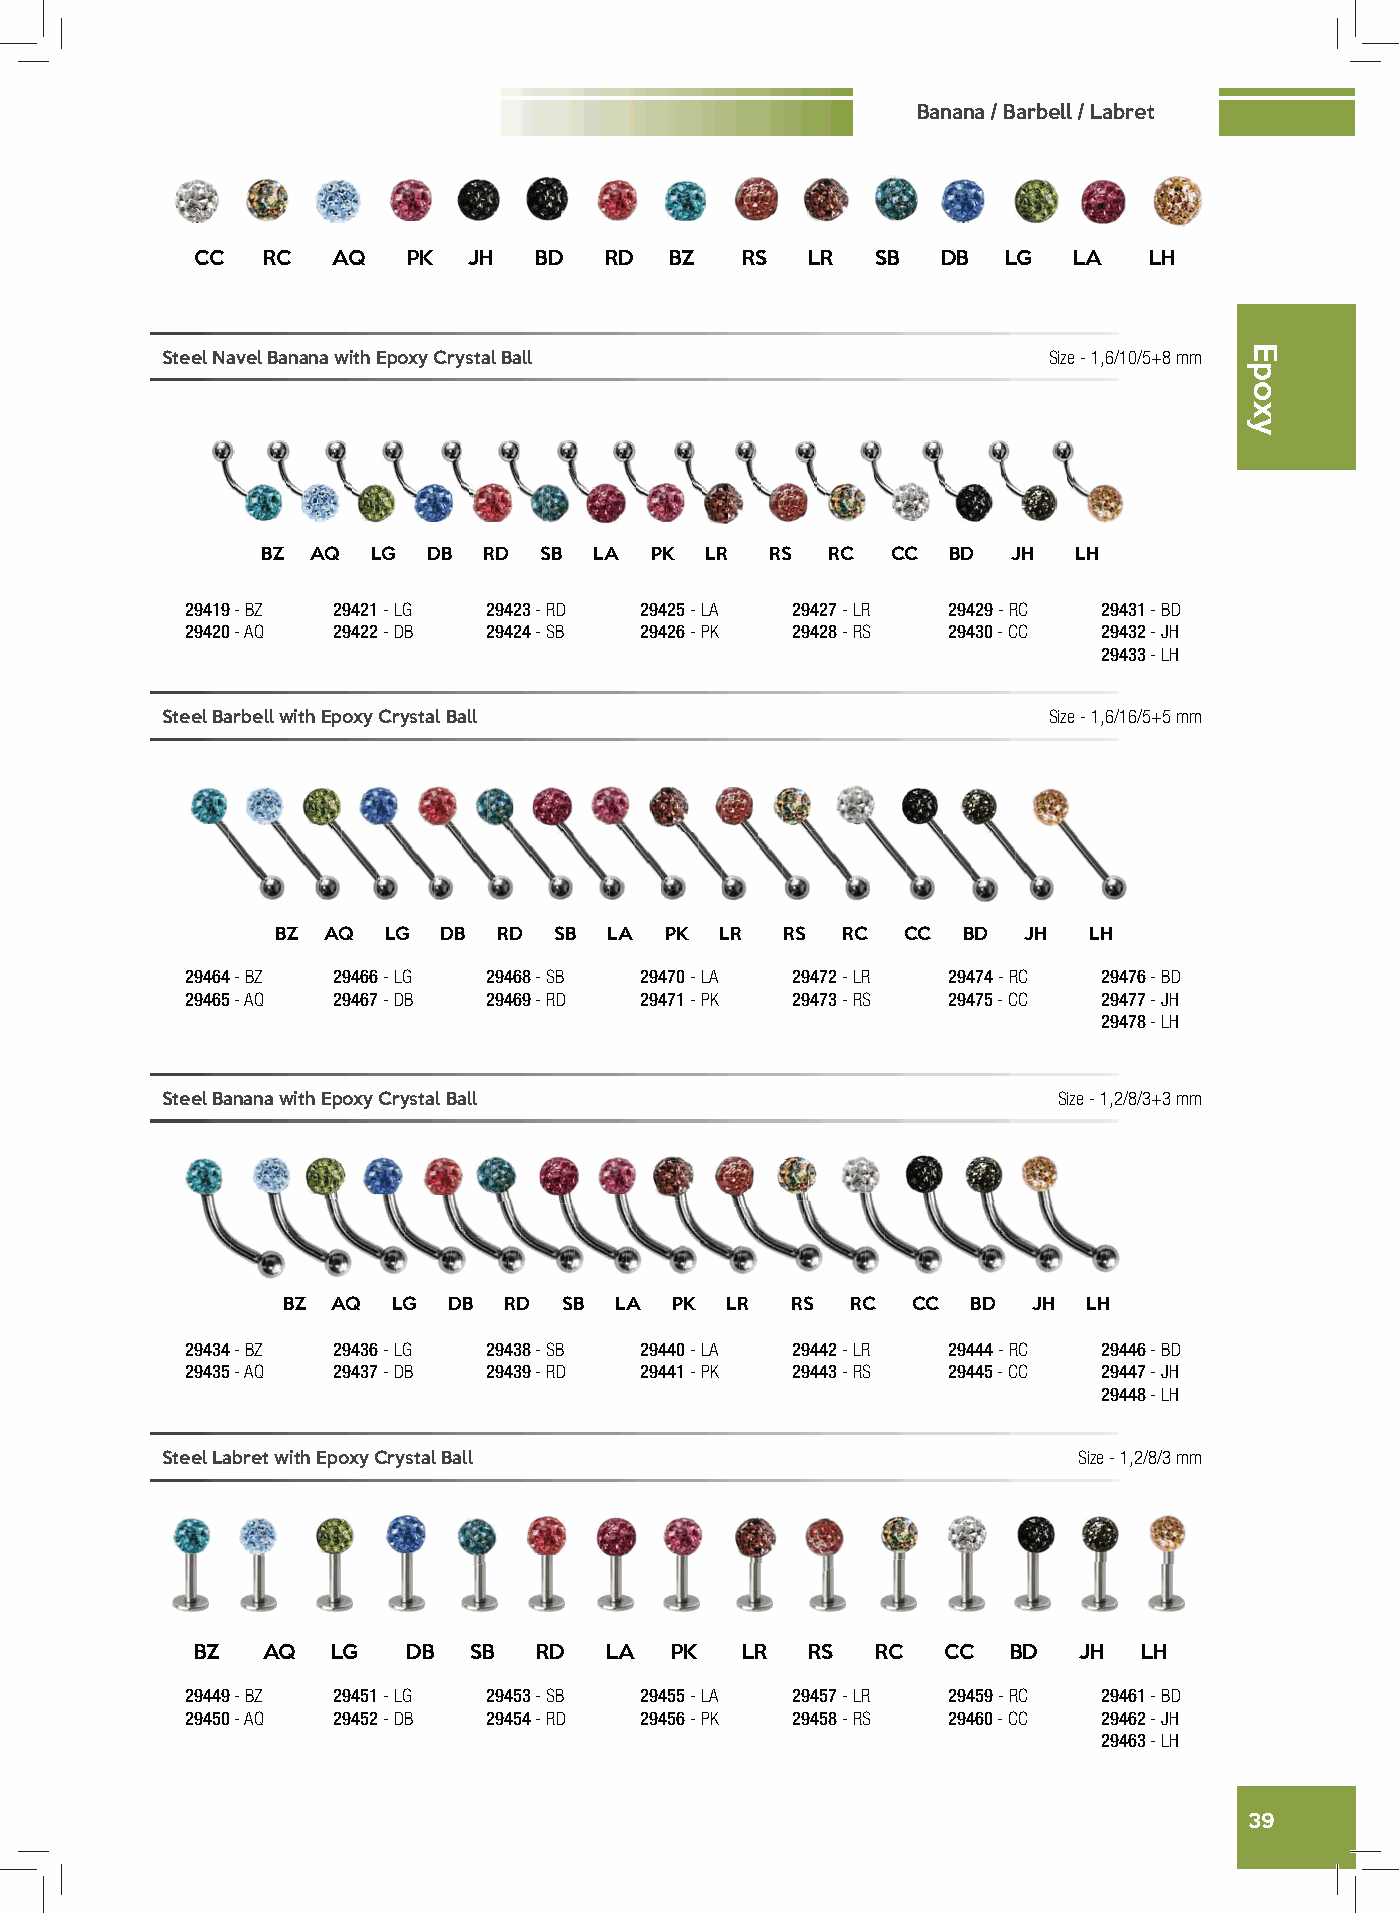
Banana / Barbell / Labret
 CC  RC   AQ   PK  JH  BD   RD  BZ   RS   LR  SB  DB   LG  LA   LH
 Steel Navel Banana with Epoxy Crystal Ball                Size - 1,6/10/5+8 mm
 BZ  AQ  LG DB  RD  SB LA  PK  LR  RS  RC  CC  BD  JH  LH
 29419 - BZ 29421 - LG 29423 - RD 29425 - LA 29427 - LR 29429 - RC 29431 - BD
 29420 - AQ 29422 - DB 29424 - SB 29426 - PK 29428 - RS 29430 - CC 29432 - JH
 29433 - LH
 Steel Barbell with Epoxy Crystal Ball                     Size - 1,6/16/5+5 mm
 BZ AQ  LG  DB  RD  SB LA  PK  LR  RS  RC  CC  BD  JH  LH
 29464 - BZ 29466 - LG 29468 - SB 29470 - LA 29472 - LR 29474 - RC 29476 - BD
 29465 - AQ 29467 - DB 29469 - RD 29471 - PK 29473 - RS 29475 - CC 29477 - JH
 29478 - LH
 Steel Banana with Epoxy Crystal Ball                       Size - 1,2/8/3+3 mm
 BZ AQ  LG  DB RD  SB  LA PK  LR  RS  RC  CC  BD  JH  LH
 29434 - BZ 29436 - LG 29438 - SB 29440 - LA 29442 - LR 29444 - RC 29446 - BD
 29435 - AQ 29437 - DB 29439 - RD 29441 - PK 29443 - RS 29445 - CC 29447 - JH
 29448 - LH
 Steel Labret with Epoxy Crystal Ball                        Size - 1,2/8/3 mm
 BZ  AQ   LG   DB  SB   RD  LA  PK   LR   RS  RC   CC  BD  JH   LH
 29449 - BZ 29451 - LG 29453 - SB 29455 - LA 29457 - LR 29459 - RC 29461 - BD
 29450 - AQ 29452 - DB 29454 - RD 29456 - PK 29458 - RS 29460 - CC 29462 - JH
 29463 - LH
 39
 Epoxy